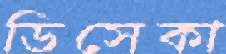
ডিসেকা